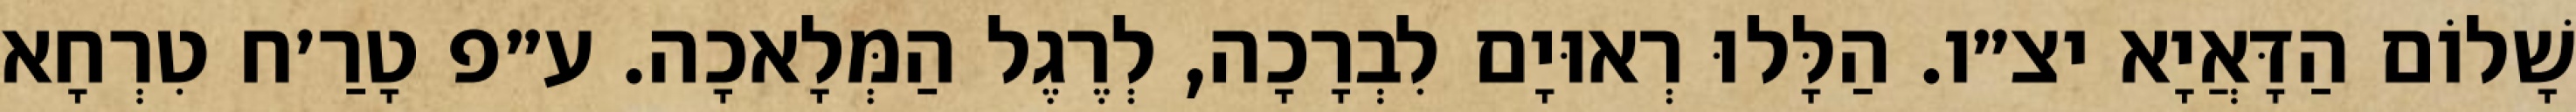
שָׁלוֹם הַדָּאֲיָא יצ״ו. הַלָּלוּ רְאוּיָם לִבְרָכָה, לְרֶגֶל הַמְּלָאכָה. ע״פ טָרַ׳ח טִרְחָא